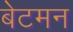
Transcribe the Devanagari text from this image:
बेटमन